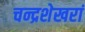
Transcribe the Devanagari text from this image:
चन्द्रशेखरां